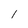
Character: l